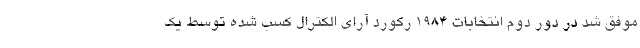
موفق شد در دور دوم انتخابات 1984 رکورد آرای الکترال کسب شده توسط یک